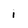
Character: i